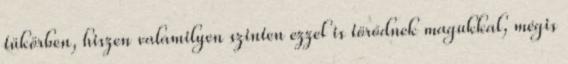
tükörben, hiszen valamilyen szinten ezzel is törődnek magukkal, mégis